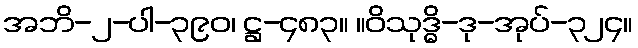
အဘိ-၂-ပါ-၃၉၀၊ ဋ္ဌ-၄၈၃။ ။ဝိသုဒ္ဓိ-ဒု-အုပ်-၃၂၄။